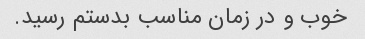
خوب و در زمان مناسب بدستم رسید.